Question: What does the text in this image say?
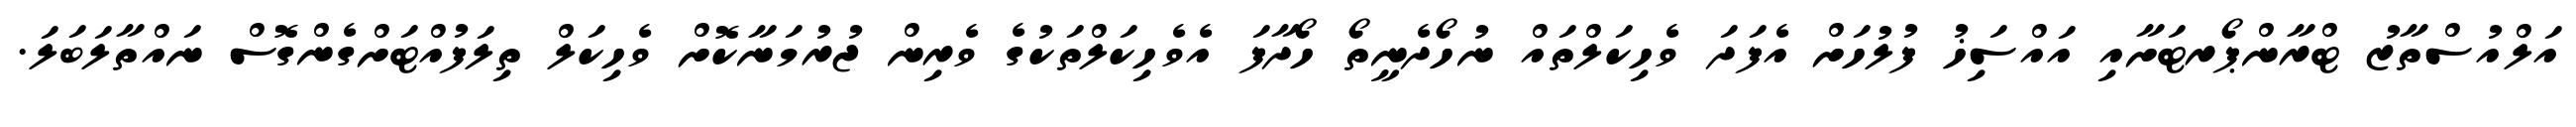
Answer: އަލްއުސްތާޒު ޓްރާންޕޯރޓަށާއި އައްސަިޚު ފުލުހަށް އެފަދަ ވެހިކަލްތައް ނުހޯދެނީތޯ ހޯދާފަ އެވެހިކަލްތަކުގެ ވެރިން ޖުރުމަނާކޮށް ވެހިކަލް ތިލަފުއްޓަށްގެންގޮސް ނައްތާލަބަލަ.